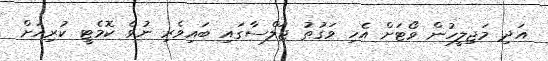
އަދި މަޖިލީހުން ވޯޓަށް އެހި ވަގުތު ޖަލްސާގައި ބައިވެރި ނުވެ ކޮމެޓީ ކުރިއަށް